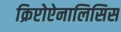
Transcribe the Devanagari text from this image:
क्रिप्टोऐनालिसिस